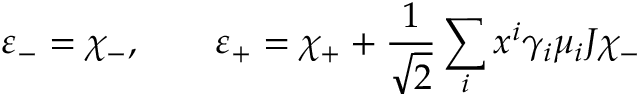
\varepsilon _ { - } = \chi _ { - } , \qquad \varepsilon _ { + } = \chi _ { + } + \frac { 1 } { \sqrt 2 } \sum _ { i } x ^ { i } \gamma _ { i } \mu _ { i } J \chi _ { - }